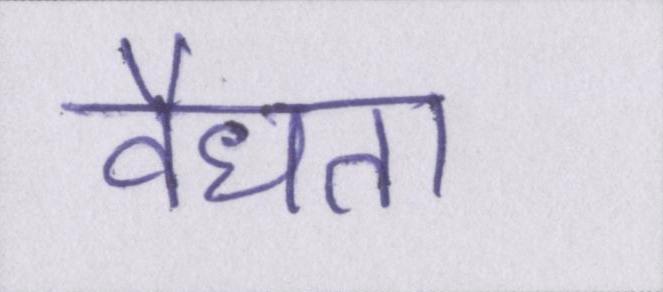
वैधता